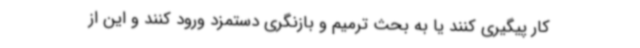
کار پیگیری کنند یا به بحث ترمیم و بازنگری دستمزد ورود کنند و این از